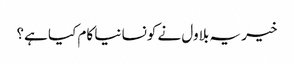
خیر یہ بلاول نے کونسا نیا کام کیا ہے؟